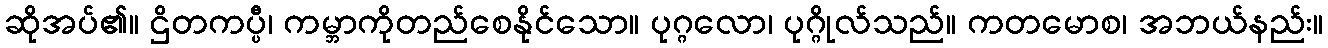
ဆိုအပ်၏။ ဌိတကပ္ပီ၊ ကမ္ဘာကိုတည်စေနိုင်သော။ ပုဂ္ဂလော၊ ပုဂ္ဂိုလ်သည်။ ကတမောစ၊ အဘယ်နည်း။